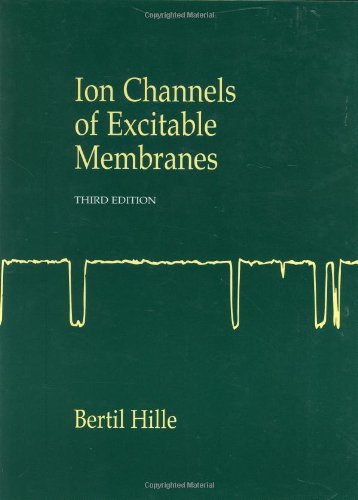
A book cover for Ion Channels of Excitable Membranes, Third Edition; Bertil Hille; Science & Math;